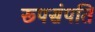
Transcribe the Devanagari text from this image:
रूपसंपति